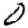
Digit: 0